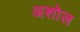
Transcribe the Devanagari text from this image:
अशोल